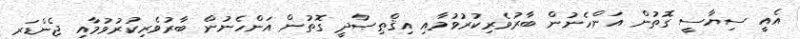
އެއީ ސިޔާސީ ގޮތުން އަންހެނުން ބާރުވެރިކުރުވުމާއި އިޤްޠިޞާދީ ގޮތުން އަންހެނުން ބާރުވެރިކުރުވުމާއި ޖެންޑަރ